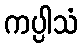
ကပ္ပါသံ